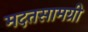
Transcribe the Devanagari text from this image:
मदतसामग्री